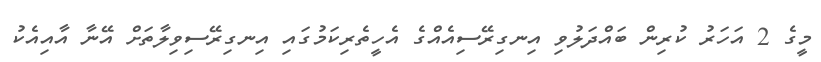
މީގެ 2 އަހަރު ކުރިން ބައްދަލުވި އިނގިރޭސިއެއްގެ އެހީތެރިކަމުގައި އިނގިރޭސިވިލާތަށް އޭނާ އާއިއެކު